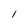
Character: I